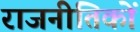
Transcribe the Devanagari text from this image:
राजनीतिकों